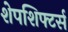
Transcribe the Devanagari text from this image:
शेपशिफ्टर्स